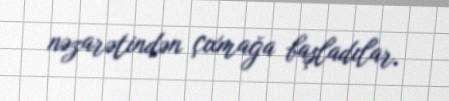
nəzarətindən çıxmağa başladılar.